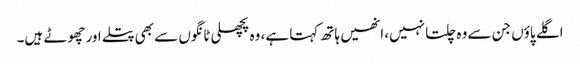
اگلے پاؤں جن سے وہ چلتا نہیں، انھیں ہاتھ کہتا ہے، وہ پچھلی ٹانگوں سے بھی پتلے اور چھوٹے ہیں۔